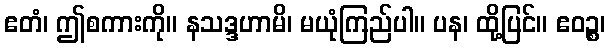
ဧတံ၊ ဤစကားကို။ နသဒ္ဒဟာမိ၊ မယုံကြည်ပါ။ ပန၊ ထို့ပြင်။ ဧဝဉ္စ၊